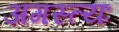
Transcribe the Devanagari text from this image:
अगस्त्यः